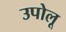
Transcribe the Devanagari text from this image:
उपोलू